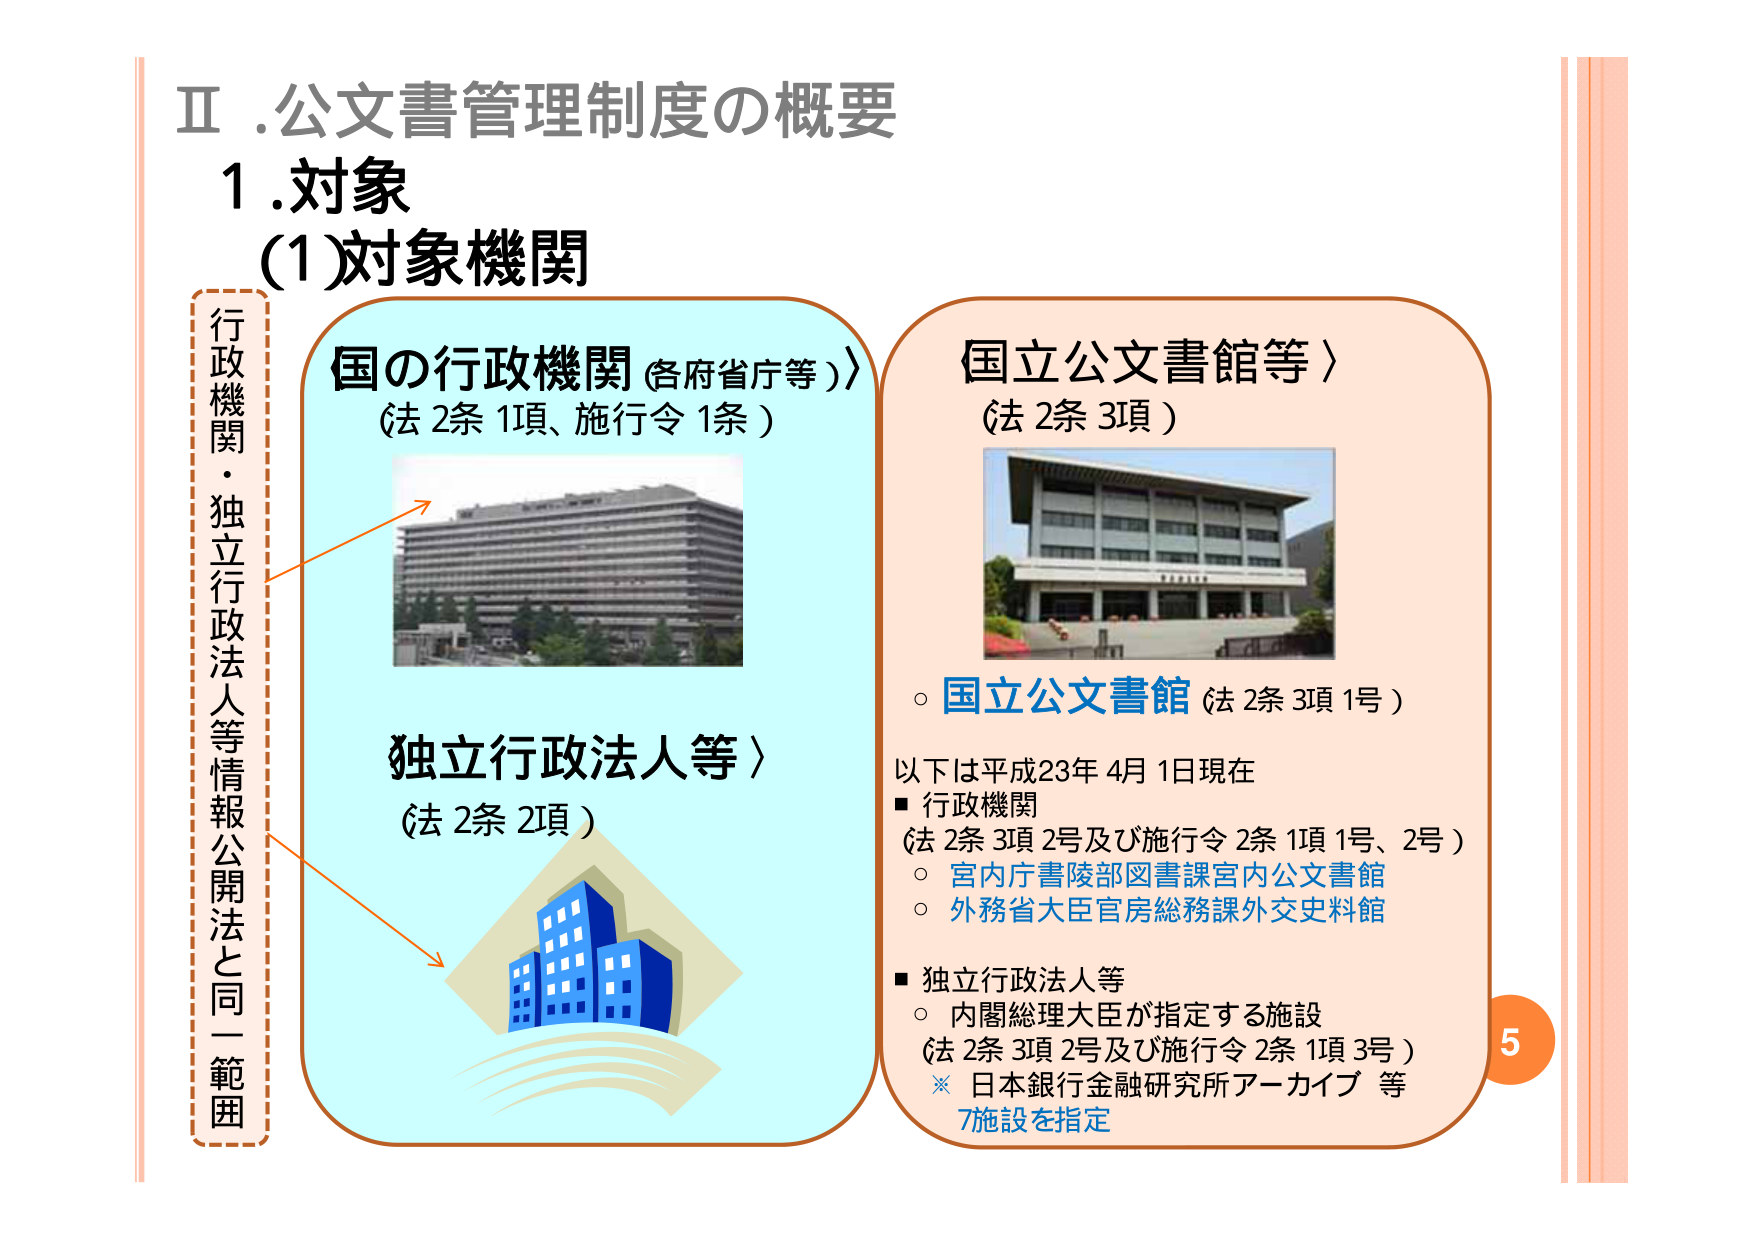
Ⅱ.公文書管理制度の概要
1.対象
(1)対象機関

行政機関・独立行政法人等情報公開法と同一範囲

国の行政機関（各府省庁等）
（法2条1項、施行令1条）

独立行政法人等）
（法2条2項）

国立公文書館等）
（法2条3項）

○ 国立公文書館（法2条3項1号）

以下は平成23年4月1日現在
■ 行政機関
（法2条3項2号及び施行令2条1項1号、2号）
○ 宮内庁書陵部図書課宮内公文書館
○ 外務省大臣官房総務課外交史料館

■ 独立行政法人等
○ 内閣総理大臣が指定する施設
（法2条3項2号及び施行令2条1項3号）
※ 日本銀行金融研究所アーカイブ等
7施設を指定

5